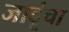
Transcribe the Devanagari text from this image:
जादूंचा